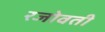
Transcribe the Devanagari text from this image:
रजोवती